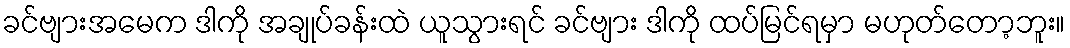
ခင်ဗျားအမေက ဒါကို အချုပ်ခန်းထဲ ယူသွားရင် ခင်ဗျား ဒါကို ထပ်မြင်ရမှာ မဟုတ်တော့ဘူး။